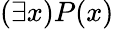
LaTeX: (\exists x)P(x)